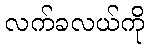
လက်ခလယ်ကို